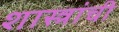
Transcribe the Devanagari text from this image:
शास्त्रांची